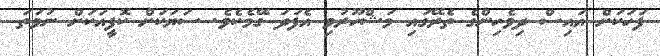
ފަހަކަށް އައިސް ދިވެހިންގެ ތެރޭގައި މަޝްހޫރުވި އެފަދަ ގޭމެކެވެ. ސަޔަކަށް ކޮފީއަކަށް ނުވަތަ